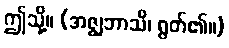
ဤသို့။ (အဇ္ဈဘာသိ၊ ရွတ်၏။)